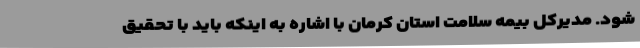
شود. مدیرکل بیمه سلامت استان کرمان با اشاره به اینکه باید با تحقیق